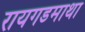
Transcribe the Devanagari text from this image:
रायगडमाथा